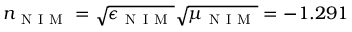
n _ { \mathrm { ~ N ~ I ~ M ~ } } = \sqrt { \epsilon _ { \mathrm { ~ N ~ I ~ M ~ } } } \sqrt { \mu _ { \mathrm { ~ N ~ I ~ M ~ } } } = - 1 . 2 9 1